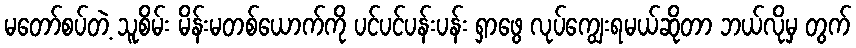
မတော်စပ်တဲ့ သူစိမ်း မိန်းမတစ်ယောက်ကို ပင်ပင်ပန်းပန်း ရှာဖွေ လုပ်ကျွေးရမယ်ဆိုတာ ဘယ်လိုမှ တွက်